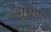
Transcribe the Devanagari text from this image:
भूभ्रंश